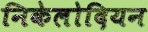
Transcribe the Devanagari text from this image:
निकेलोदियन